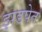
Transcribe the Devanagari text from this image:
झडपेत